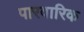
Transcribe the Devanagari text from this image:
पारवारिक